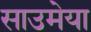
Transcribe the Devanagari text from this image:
साउमेया